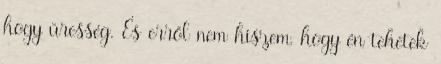
hogy üresség. És erről nem hiszem, hogy én tehetek